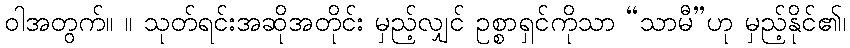
ဝါအတွက်။ ။ သုတ်ရင်းအဆိုအတိုင်း မှည့်လျှင် ဥစ္စာရှင်ကိုသာ “သာမီ”ဟု မှည့်နိုင်၏၊